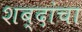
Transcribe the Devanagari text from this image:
शब्दांचा